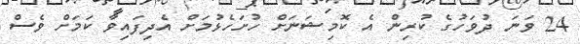
24 ވަނަ ދުވަހުގެ ކުރިން އެ ކޮމިޝަނަށް ހުށަހެޅުމަށް އެދިފައިވާ ކަމަށް ވެސް